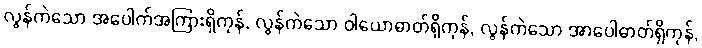
လွန်ကဲသော အပေါက်အကြားရှိကုန်, လွန်ကဲသော ဝါယောဓာတ်ရှိကုန်, လွန်ကဲသော အာပေါဓာတ်ရှိကုန်,